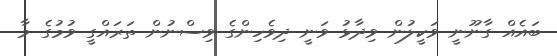
ބައެއް ގާނޫނީ ވަކީލުން ވިދާޅު ވަނީ ދިވެހިންގެ ވިސްނުން ތަރައްގީ ވުމުގެ މާ